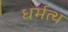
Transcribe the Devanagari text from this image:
धर्मत्थ